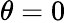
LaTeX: \theta=0